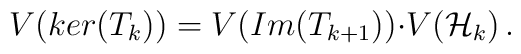
V(ker(T_k))=V(Im(T_{k+1})){\cdot}V({\cal H\/}_k)\,.